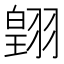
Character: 𮋋